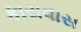
કારાવાસ